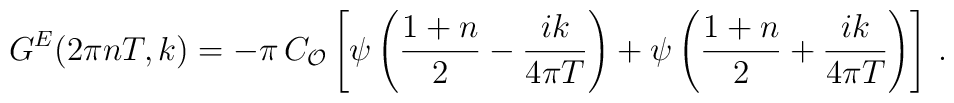
G^E(2\pi n T, k) = -\pi \, C_{\cal{O}} \left[ \psi \left( {1+n\over 2} -{i k \over 4\pi T} \right) + \psi \left( {1+n\over 2} +{i k \over 4\pi T} \right)\right]\,.